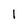
Character: 1